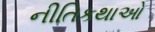
નીતિકથાઓ